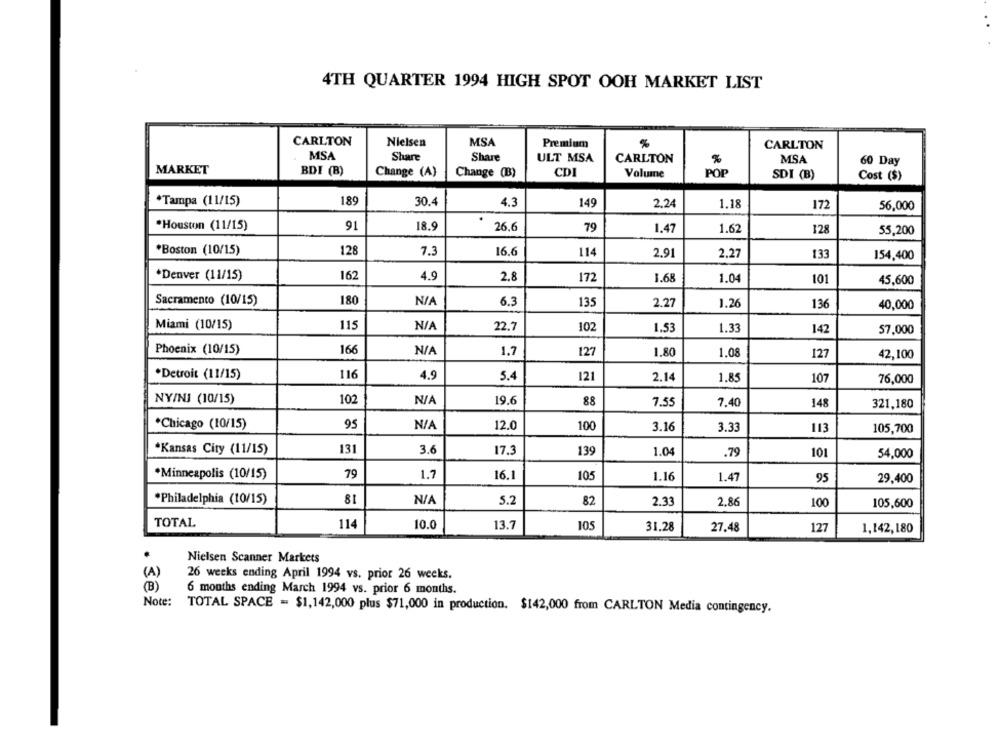
4TH QUARTER 1994 HIGH SPOT OOH MARKET LIST
CARLTON
Nielsen
MSA
Premium
%
CARLTON
MSA
Share
Share
ULT MSA
CARLTON
MSA
60 Day
MARKET
BDI (B)
Change (A)
Change (B)
CDI
POP
Volume
SDI (B)
Cost ($)
*Tampa (11/15)
189
30.4
149
1.18
4.3
2.24
172
56,000
91
*Houston (11/15)
18.9
26.6
79
1.47
1.62
128
55,200
*Boston (10/15)
128
7.3
16.6
114
2.91
2.27
133
154,400
*Denver (11/15)
162
4.9
2.8
172
1.04
1.68
101
45,600
180
Sacramento (10/15)
6.3
135
2.27
1.26
136
40,000
Miami (10/15)
115
22.7
102
1.53
1.33
142
57,000
Phoenix (10/15)
166
1.7
127
1.80
1.08
127
42,100
*Detroit (11/15)
116
4.9
5.4
121
2.14
1.85
107
76,000
NY/NJ (10/15)
102
19.6
88
7.55
7.40
148
321,180
*Chicago (10/15)
95
12.0
100
3.16
3.33
113
105,700
131
3.6
17.3
139
1.04
*Kansas City (11/15)
.79
101
54,000
*Minneapolis (10/15)
79
1.7
16.1
105
1.16
1.47
95
29,400
*Philadelphia (10/15)
81
5.2
82
2.33
2.86
100
105,600
TOTAL
114
10.0
13.7
105
31.28
27.48
127
1,142,180
.
Nielsen Scanner Markets
(A)
26 weeks ending April 1994 vs. prior 26 weeks.
(B)
6 months ending March 1994 vs. prior 6 months.
Note:
TOTAL SPACE = $1,142,000 plus $71,000 in production. $142,000 from CARLTON Media contingency.